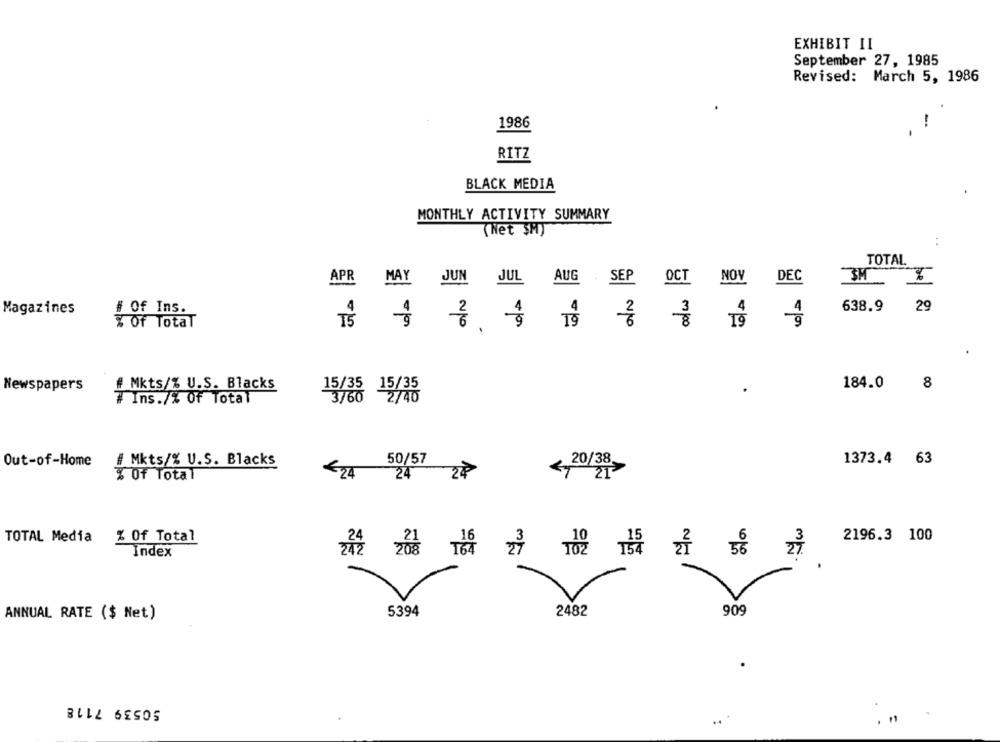
EXHIBIT II
September 27, 1985
Revised: March 5, 1986
1986
RITZ
BLACK MEDIA
MONTHLY ACTIVITY SUMMARY
(Net SM)
..
TOTAL
APR MAY JUN JUL AUG .SEP OCT NOV DEC
3M
Magazines
# Of Ins.
638.9
29
% Of Total
NÃO
€100
# Mkts/% U.S. Blacks
15/35 15/35
184.0
8
Newspapers
.
# Ins./% Of Total
3/60 2/40
50/57
1373.4 63
Out-of-Home
# Mkts/% U.S. Blacks
20/38.
24
% Of Total
TOTAL Media
% Of Total
2196.3 100
Index
ANNUAL RATE ($ Net)
5394
2482
909
50539 7118